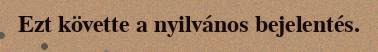
Ezt követte a nyilvános bejelentés.